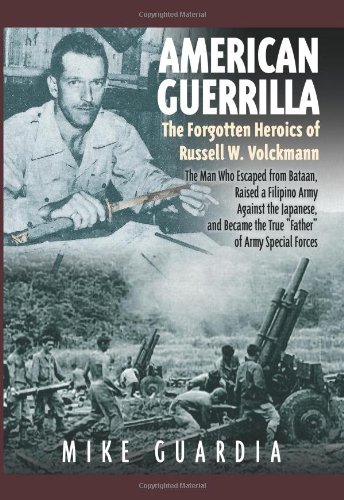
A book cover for American Guerrilla: The Forgotten Heroics of Russell W. Volckmann; Mike Guardia; History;